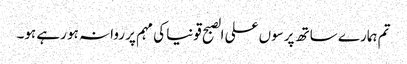
تم ہمارے ساتھ پرسوں علی الصبح قونیا کی مہم پر روانہ ہو رہے ہو۔